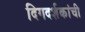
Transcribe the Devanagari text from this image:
दिगदर्शकांची